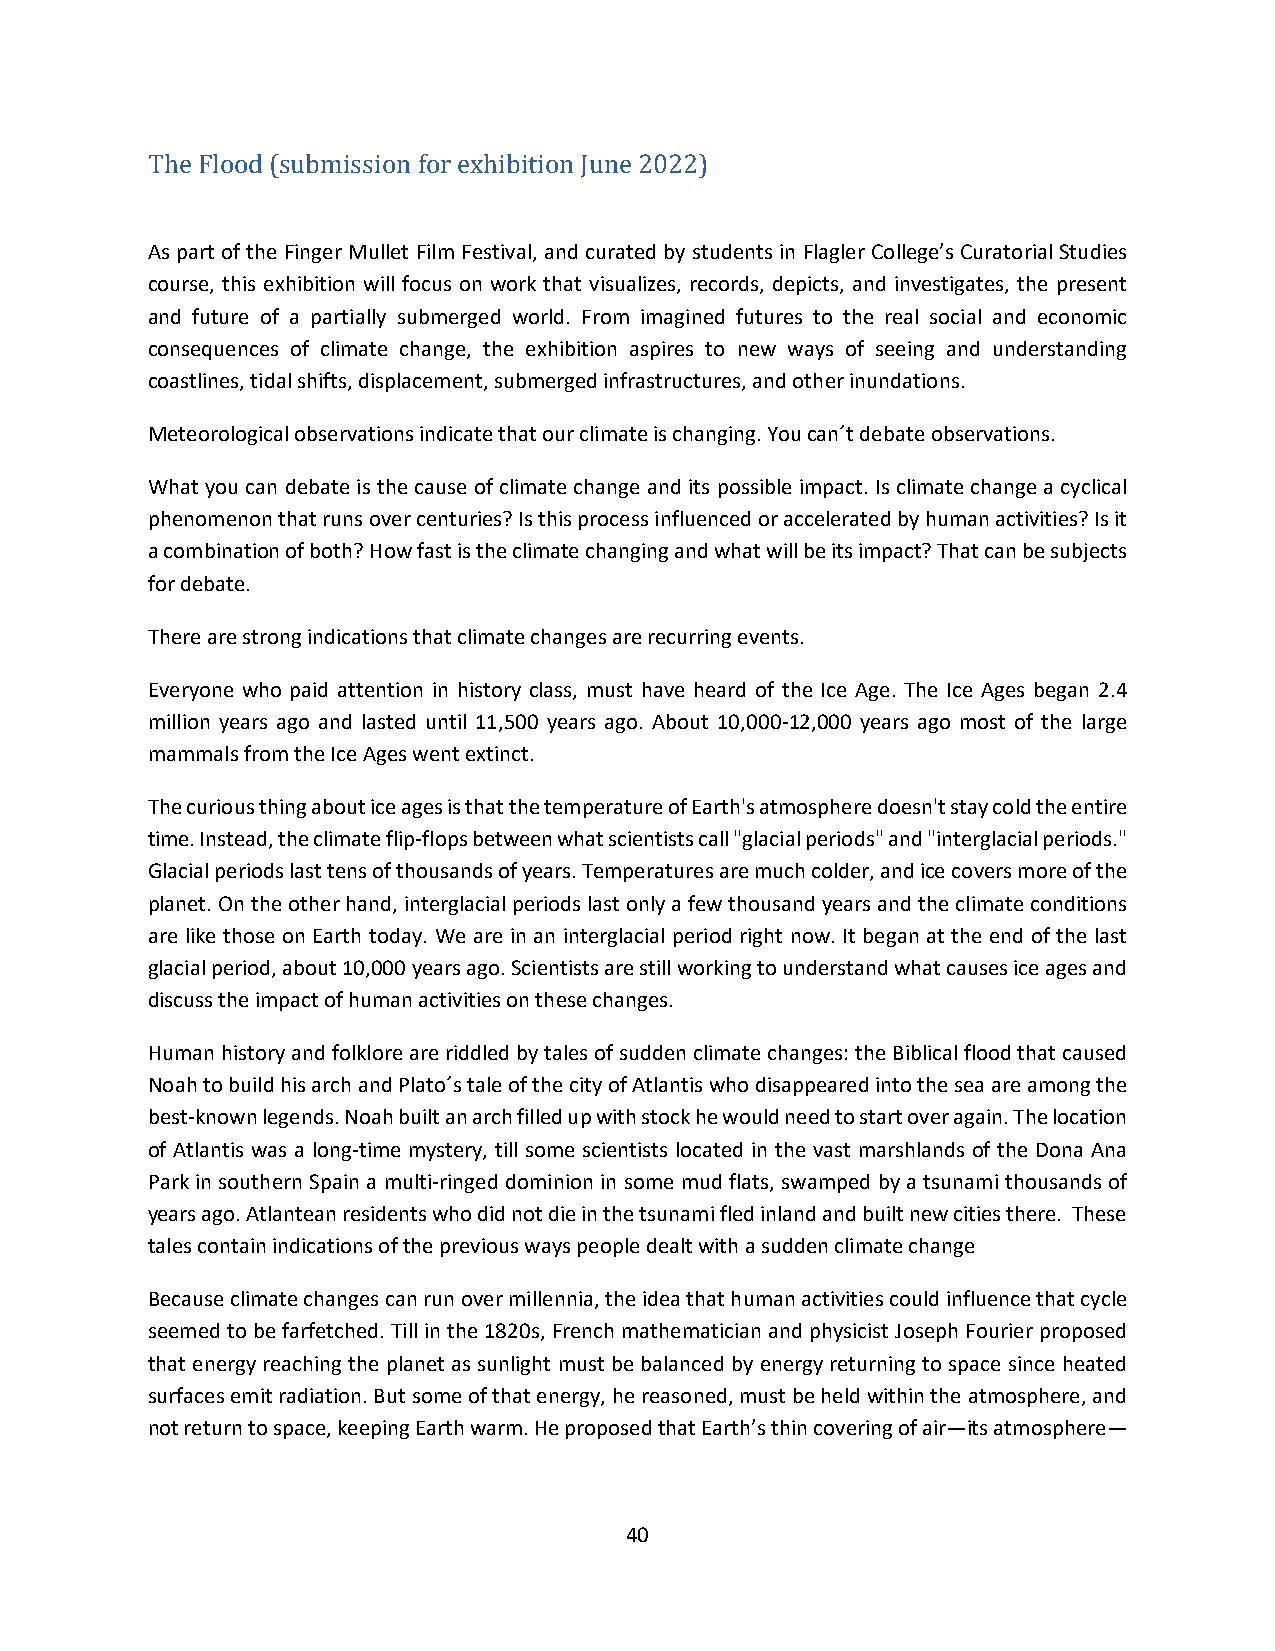
The Flood (submission for exhibition June 2022)
 As part of the Finger Mullet Film Festival, and curated by students in Flagler College’s Curatorial Studies
 course, this exhibition will focus on work that visualizes, records, depicts, and investigates, the present
 and future of a partially submerged world. From imagined futures to the real social and economic
 consequences of climate change, the exhibition aspires to new ways of seeing and understanding
 coastlines, tidal shifts, displacement, submerged infrastructures, and other inundations.
 Meteorological observations indicate that our climate is changing. You can´t debate observations.
 What you can debate is the cause of climate change and its possible impact. Is climate change a cyclical
 phenomenon that runs over centuries? Is this process influenced or accelerated by human activities? Is it
 a combination of both? How fast is the climate changing and what will be its impact? That can be subjects
 for debate.
 There are strong indications that climate changes are recurring events.
 Everyone who paid attention in history class, must have heard of the Ice Age. The Ice Ages began 2.4
 million years ago and lasted until 11,500 years ago. About 10,000-12,000 years ago most of the large
 mammals from the Ice Ages went extinct.
 The curious thing about ice ages is that the temperature of Earth's atmosphere doesn't stay cold the entire
 time. Instead, the climate flip-flops between what scientists call "glacial periods" and "interglacial periods."
 Glacial periods last tens of thousands of years. Temperatures are much colder, and ice covers more of the
 planet. On the other hand, interglacial periods last only a few thousand years and the climate conditions
 are like those on Earth today. We are in an interglacial period right now. It began at the end of the last
 glacial period, about 10,000 years ago. Scientists are still working to understand what causes ice ages and
 discuss the impact of human activities on these changes.
 Human history and folklore are riddled by tales of sudden climate changes: the Biblical flood that caused
 Noah to build his arch and Plato´s tale of the city of Atlantis who disappeared into the sea are among the
 best-known legends. Noah built an arch filled up with stock he would need to start over again. The location
 of Atlantis was a long-time mystery, till some scientists located in the vast marshlands of the Dona Ana
 Park in southern Spain a multi-ringed dominion in some mud flats, swamped by a tsunami thousands of
 years ago. Atlantean residents who did not die in the tsunami fled inland and built new cities there. These
 tales contain indications of the previous ways people dealt with a sudden climate change
 Because climate changes can run over millennia, the idea that human activities could influence that cycle
 seemed to be farfetched. Till in the 1820s, French mathematician and physicist Joseph Fourier proposed
 that energy reaching the planet as sunlight must be balanced by energy returning to space since heated
 surfaces emit radiation. But some of that energy, he reasoned, must be held within the atmosphere, and
 not return to space, keeping Earth warm. He proposed that Earth’s thin covering of air—its atmosphere—
 40